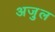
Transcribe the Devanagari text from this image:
अजु़ल